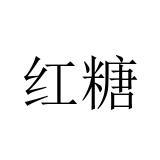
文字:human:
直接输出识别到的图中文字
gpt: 红糖